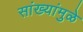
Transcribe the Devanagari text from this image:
सांख्यांमुळे